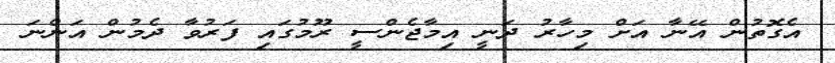
އެގޮތުން އޭނާ އަށް މިހާރު ދަނީ އިމާޖެންސީ ރޫމުގައި ފަރުވާ ދެމުން އަންނަ